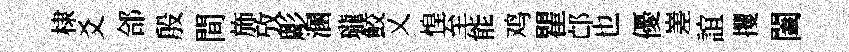
棣爻郃殷間斾攷彫溷瓏鮫乂惶至能鸡瞿邙也優嵳誼攫闔